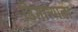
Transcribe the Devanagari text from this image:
ढिगाऱ्याला